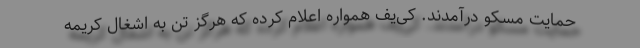
حمایت مسکو درآمدند. کی‌یف همواره اعلام کرده که هرگز تن به اشغال کریمه